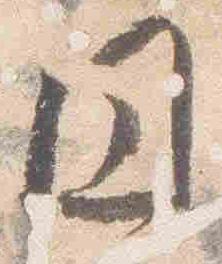
円